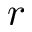
r